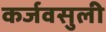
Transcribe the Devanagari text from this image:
कर्जवसुली